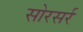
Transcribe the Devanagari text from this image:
सोरसर्र